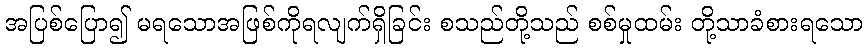
အပြစ်ပြော၍ မရသောအဖြစ်ကိုရလျက်ရှိခြင်း စသည်တို့သည် စစ်မှုထမ်း တို့သာခံစားရသော